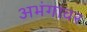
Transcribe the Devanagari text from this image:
अभंगावर